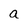
Character: a